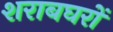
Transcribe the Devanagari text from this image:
शराबघरों